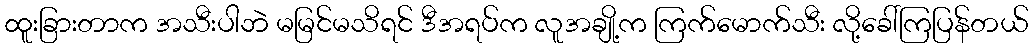
ထူးခြားတာက အသီးပါဘဲ မမြင်မသိရင် ဒီအရပ်က လူအချို့က ကြက်မောက်သီး လို့ခေါ်ကြပြန်တယ်